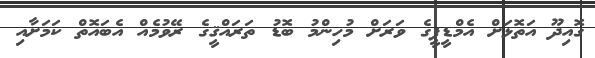
ގޮއިދޫ އަތޮޅަށް އެމްޑީޕީގެ ވަރަށް މުހިންމު ބޮޑު ތަރައްޤީގެ ރޭވުމެއް އެބައޮތް ކަމަށާއި